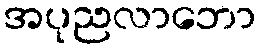
အပုညလာဘော